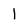
Character: l